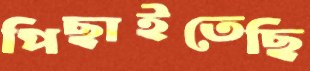
পিছাইতেছি